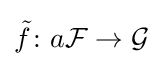
{\tilde {f}}\colon a{\mathcal {F}}\rightarrow {\mathcal {G}}